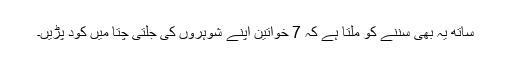
ساتھ یہ بھی سننے کو ملتا ہے کہ 7 خواتین اپنے شوہروں کی جلتی چتا میں کود پڑیں۔